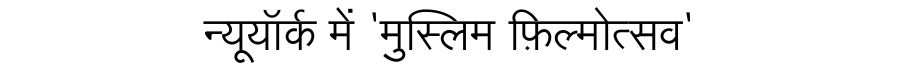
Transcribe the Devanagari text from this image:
न्यूयॉर्क में 'मुस्लिम फ़िल्मोत्सव'